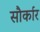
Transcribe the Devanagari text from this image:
सौर्कार